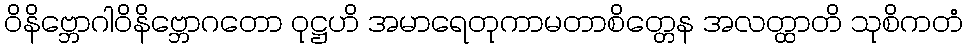
ဝိနိဗ္ဘောဂါဝိနိဗ္ဘောဂတော ဝုဋ္ဌဟိ အမာရေတုကာမတာစိတ္တေန အလတ္ထာတိ သုစိကတံ